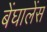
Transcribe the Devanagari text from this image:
बेंघालेंस